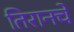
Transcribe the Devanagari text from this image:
तिरानचे